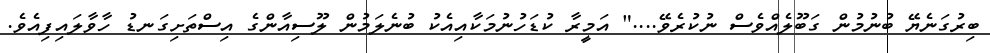
ބިރުގަނެޔޭ ބުނުމުން ގަބޫލެއްވެސް ނުކުރެވޭ...." އަމީރާ ކުޑަހުނުމަކާއިއެކު ބުނެލަމުން ލޫސިއާންގެ އިސްތަށިގަނޑު ހާވާލައިފިއެވެ.